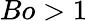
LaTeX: Bo>1